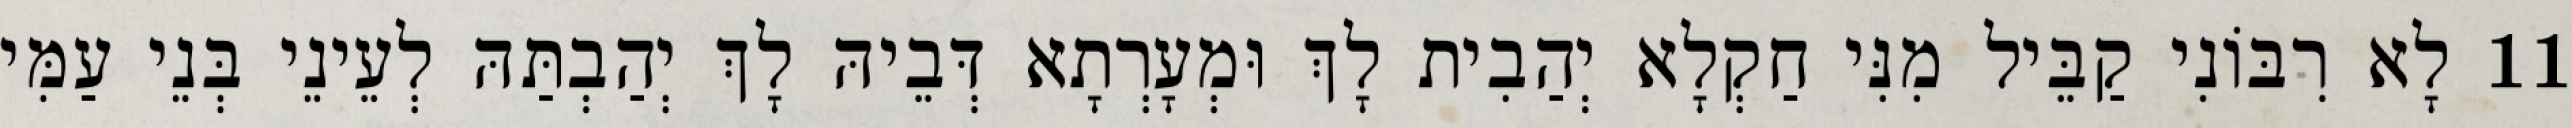
11 לָא רִבּוֹנִי קַבֵּיל מִנִּי חַקְלָא יְהַבִית לָךְ וּמְעָרְתָא דְּבֵיהּ לָךְ יְהַבְתַּהּ לְעֵינֵי בְּנֵי עַמִּי